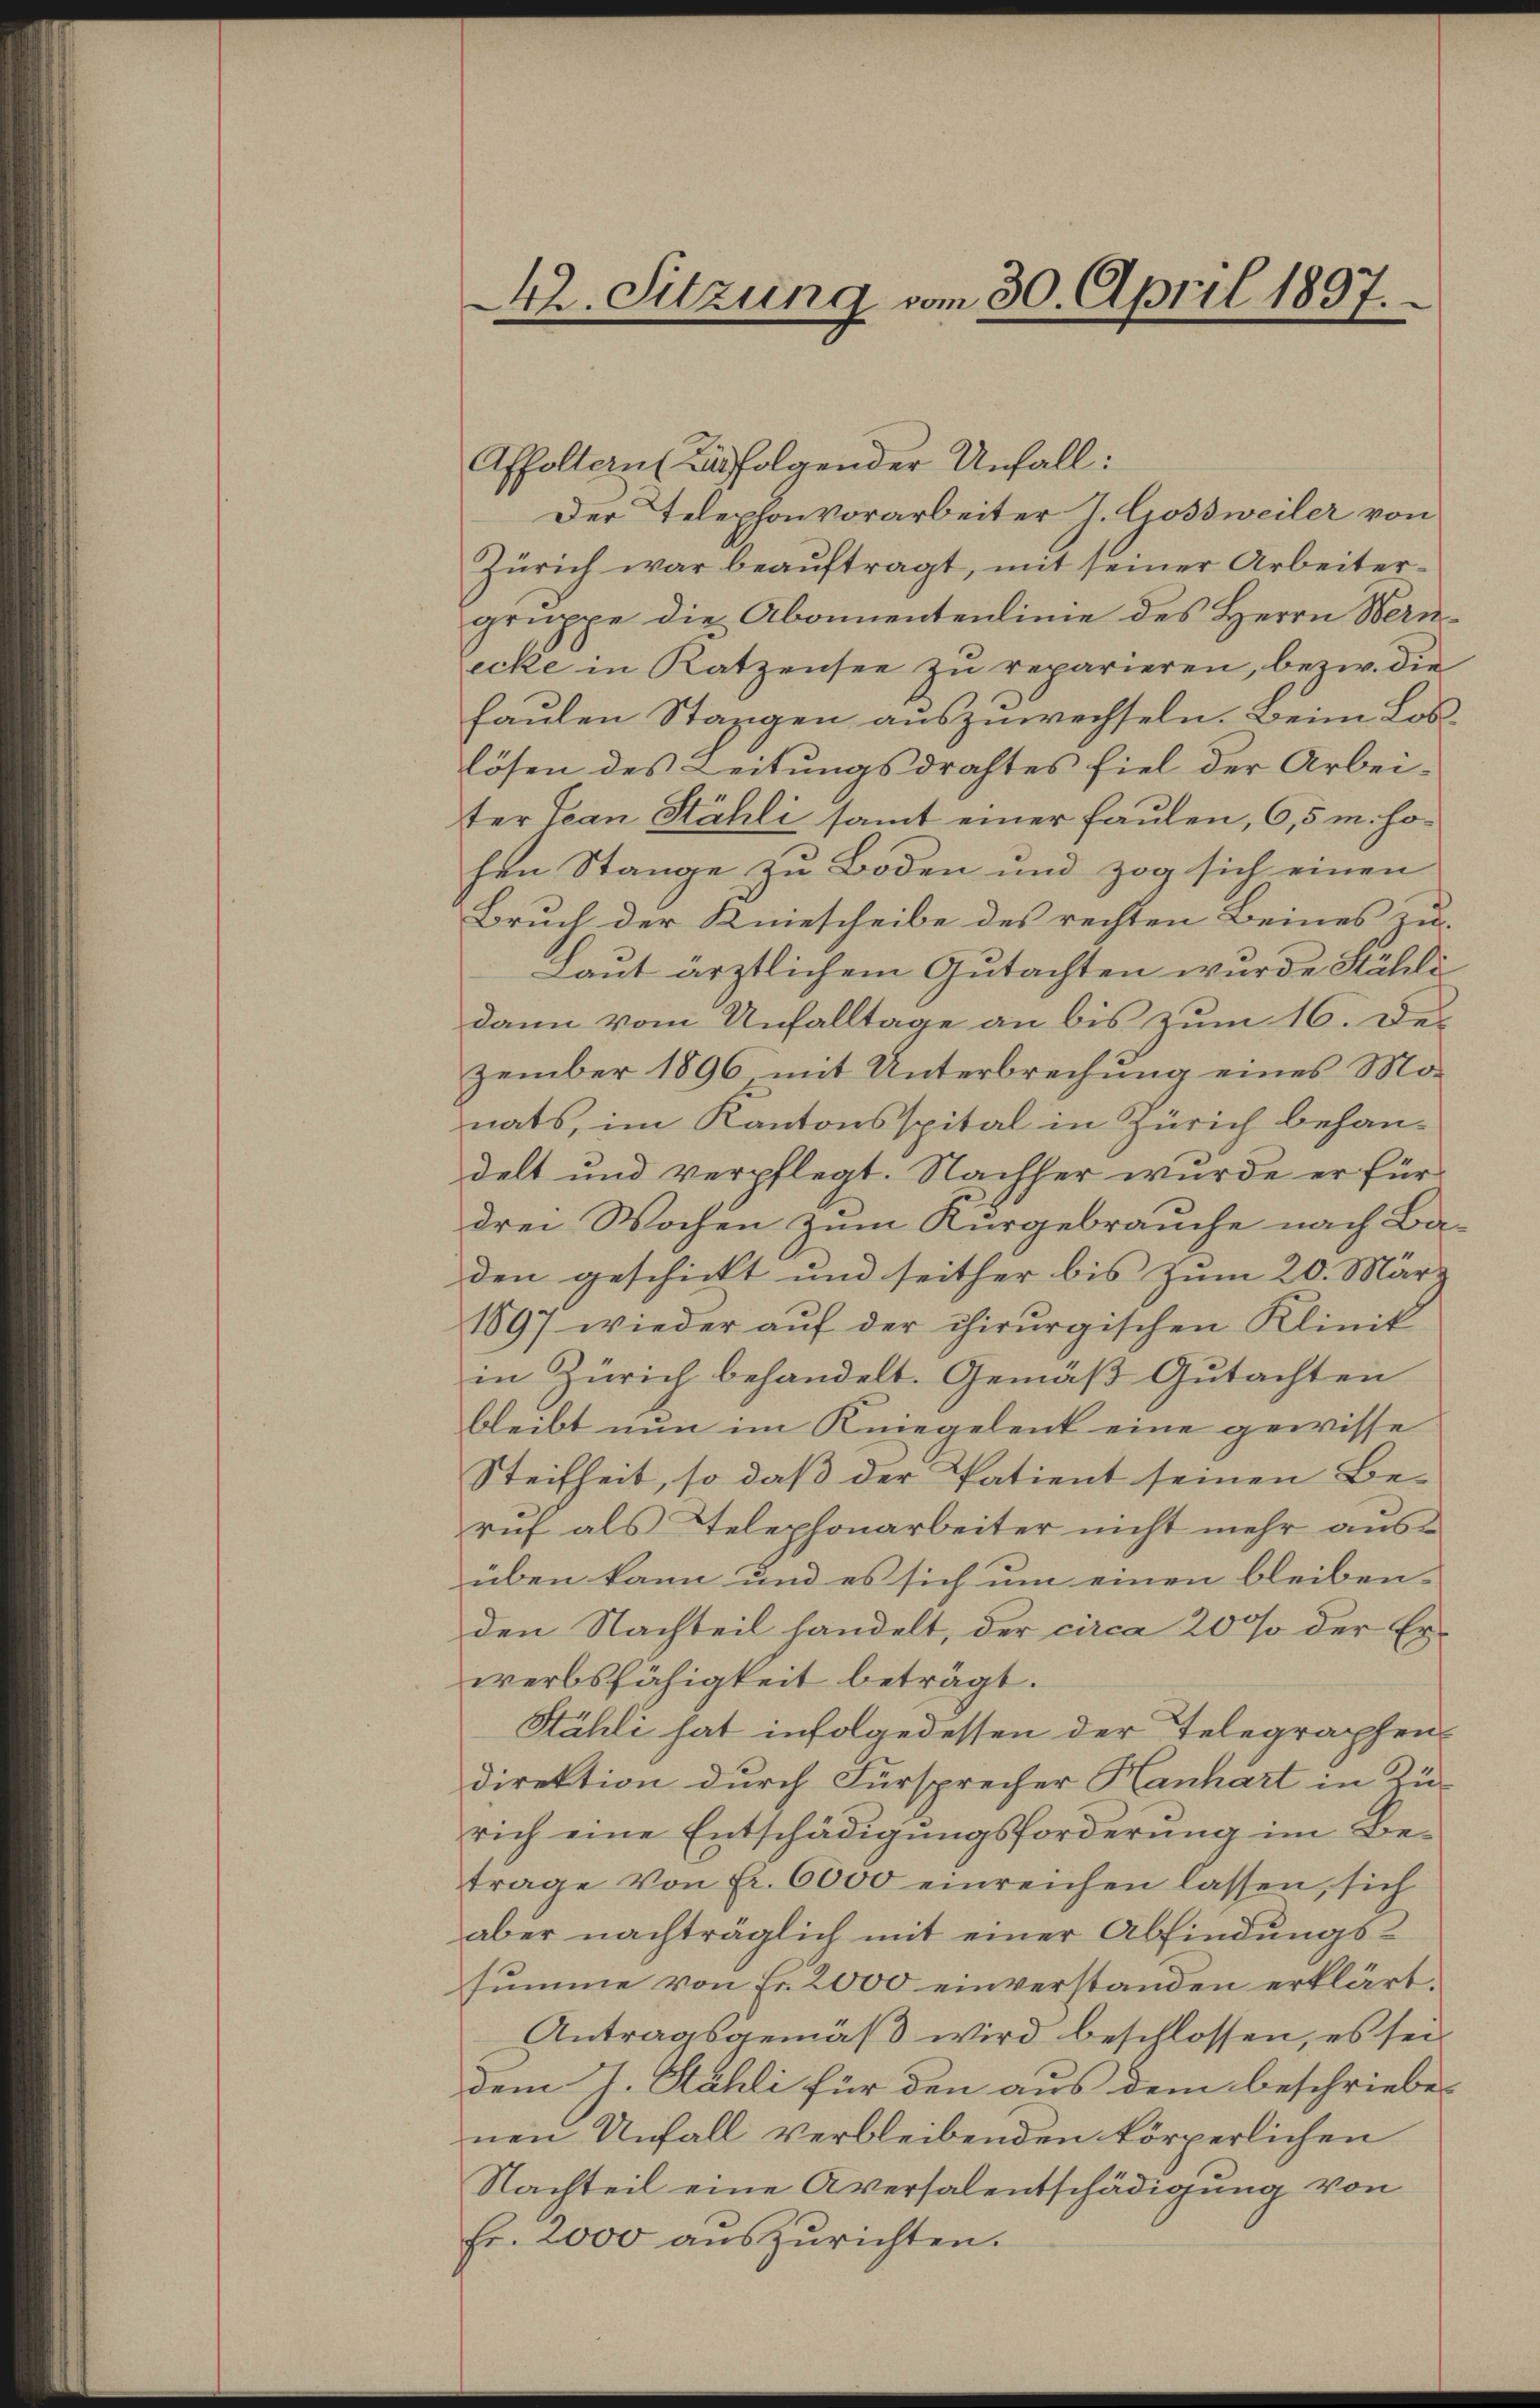
42. Sitzung vom 30. April 1897.

Affoltern (Ausfolgender Unfall:
Der Telephonvorarbeiter J. Gossweiler von
Zürich war beaŭftragt, mit seiner Arbeiter-
gruppe die Abonnentenlinie des Herrn Wernecke in Katzensee zŭ reparieren, bezw. die
faulen Stangen auszuwechseln. Beim Loslösen des Leitungsdrahtes fiel der Arbeiter Jean Stähli samt einer faulen, 6,5 m. Hohen Stange zu Boden und zog sich einen
Bruch der Kiescheibe des rechten Beines zu
Laut ärztlichem Gutachten wurde Hühli
dann vom Unfalltage an bis zum 16. Des
zember 1896 mit Unterbrechung eines Monats, im Kantonsspital in Zürich behandelt und verpflegt. Nachher wurde er für
drei Wochen zum Kurgebrauche nach Ba-
den geschickt und seither bis zum 20. März
1897 wieder auf der chirurgischen Klinik
in Zürich behandelt. Gemäβ Gŭtachten
bleibt nun im Kniegelent eine gewisse
Steifheit, so daß der Patient seinen Be-
ruf als Telephonarbeiter nicht mehr ausüben kann und es sich um einen bleiben-
den Nachteil handelt, der circa 2000 der Erwerbsfähigkeit beträgt.
Stähli hat infolgedessen der Telegraphen
direktion durch Fürsprecher Hanhart in Zü-
rich eine Entschädigungsforderung im Betrage von Fr. 6000 einreichen lassen, sich
aber nachträglich mit einer Abfindungs-
summe von Fr. 2000 einverstanden erklärt.
Antragsgemäß wird beschlossen, es sei
dem J. Kähli für den aus dem beschriebe-
nen Unfall verbleibenden körperlichen
Nachteil eine Aversalentschädigung von
Fr. 2000 aŭszŭrichten.